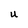
Character: U